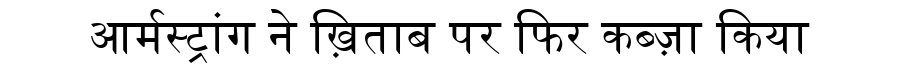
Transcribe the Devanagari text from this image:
आर्मस्ट्रांग ने ख़िताब पर फिर कब्ज़ा किया